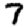
Digit: 7